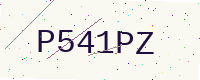
Text: P541PZ